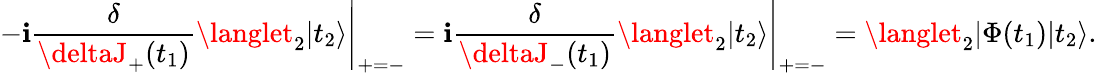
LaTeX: -\mathbf{i}\frac{{\delta}}{{\deltaJ_{+}(t_{1})}}\langlet_{2}|t_{2}\rangle\Bigg|_{+=-}=\mathbf{i}\frac{{\delta}}{{\deltaJ_{-}(t_{1})}}\langlet_{2}|t_{2}\rangle\Bigg|_{+=-}=\langlet_{2}|\Phi(t_{1})|t_{2}\rangle.